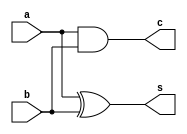
`timescale 1ns / 1ps
//////////////////////////////////////////////////////////////////////////////////
// Company: 
// Engineer: 
// 
// Design Name: 
// Module Name: half_adder
// Project Name: 
// Target Devices: 
// Tool Versions: 
// Description: 
// 
// Dependencies: 
// 
// Revision:
// Revision 0.01 - File Created
// Additional Comments:
// 
//////////////////////////////////////////////////////////////////////////////////


module half_adder(
    input a,b, // khai bao 2 bien dau vao a,b
    output c, // khai bao bien dau ra c
    output s // khai bao bien dau ra s
    );
    
    assign s = a ^ b; // gan s la dau ra ham xor cua hai dau vao a,b
    assign c = a & b; // gan c la dau ra ham and cua hai dau vao a,b
    
endmodule